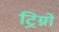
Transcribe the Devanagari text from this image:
ट्रिग्नो